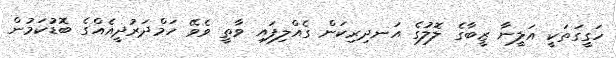
ހަގީގަތަކީ އަލީނާ ޒީބާގެ ލޮލުގެ އަނދިރިކަން ގެއްލިފައި ވާތީ ވެވޭ ހަމްދަރުދީއެއްގެ ބޮޑުކަމުން